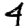
Digit: 4